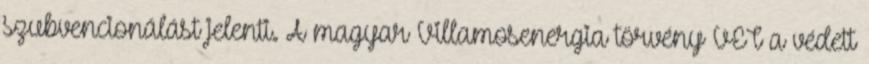
szubvencionálást jelenti. A magyar Villamosenergia törvény VET a védett